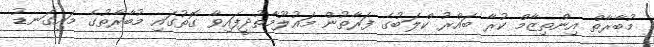
މުބާރާތް އިންތިޒާމް ކުރާ ބައްރު ކްލަބުގެ ފަރާތުން މައުލޫމާތުދީފައިވާ ގޮތުގައި މުބާރާތުގެ މައިގަނޑު